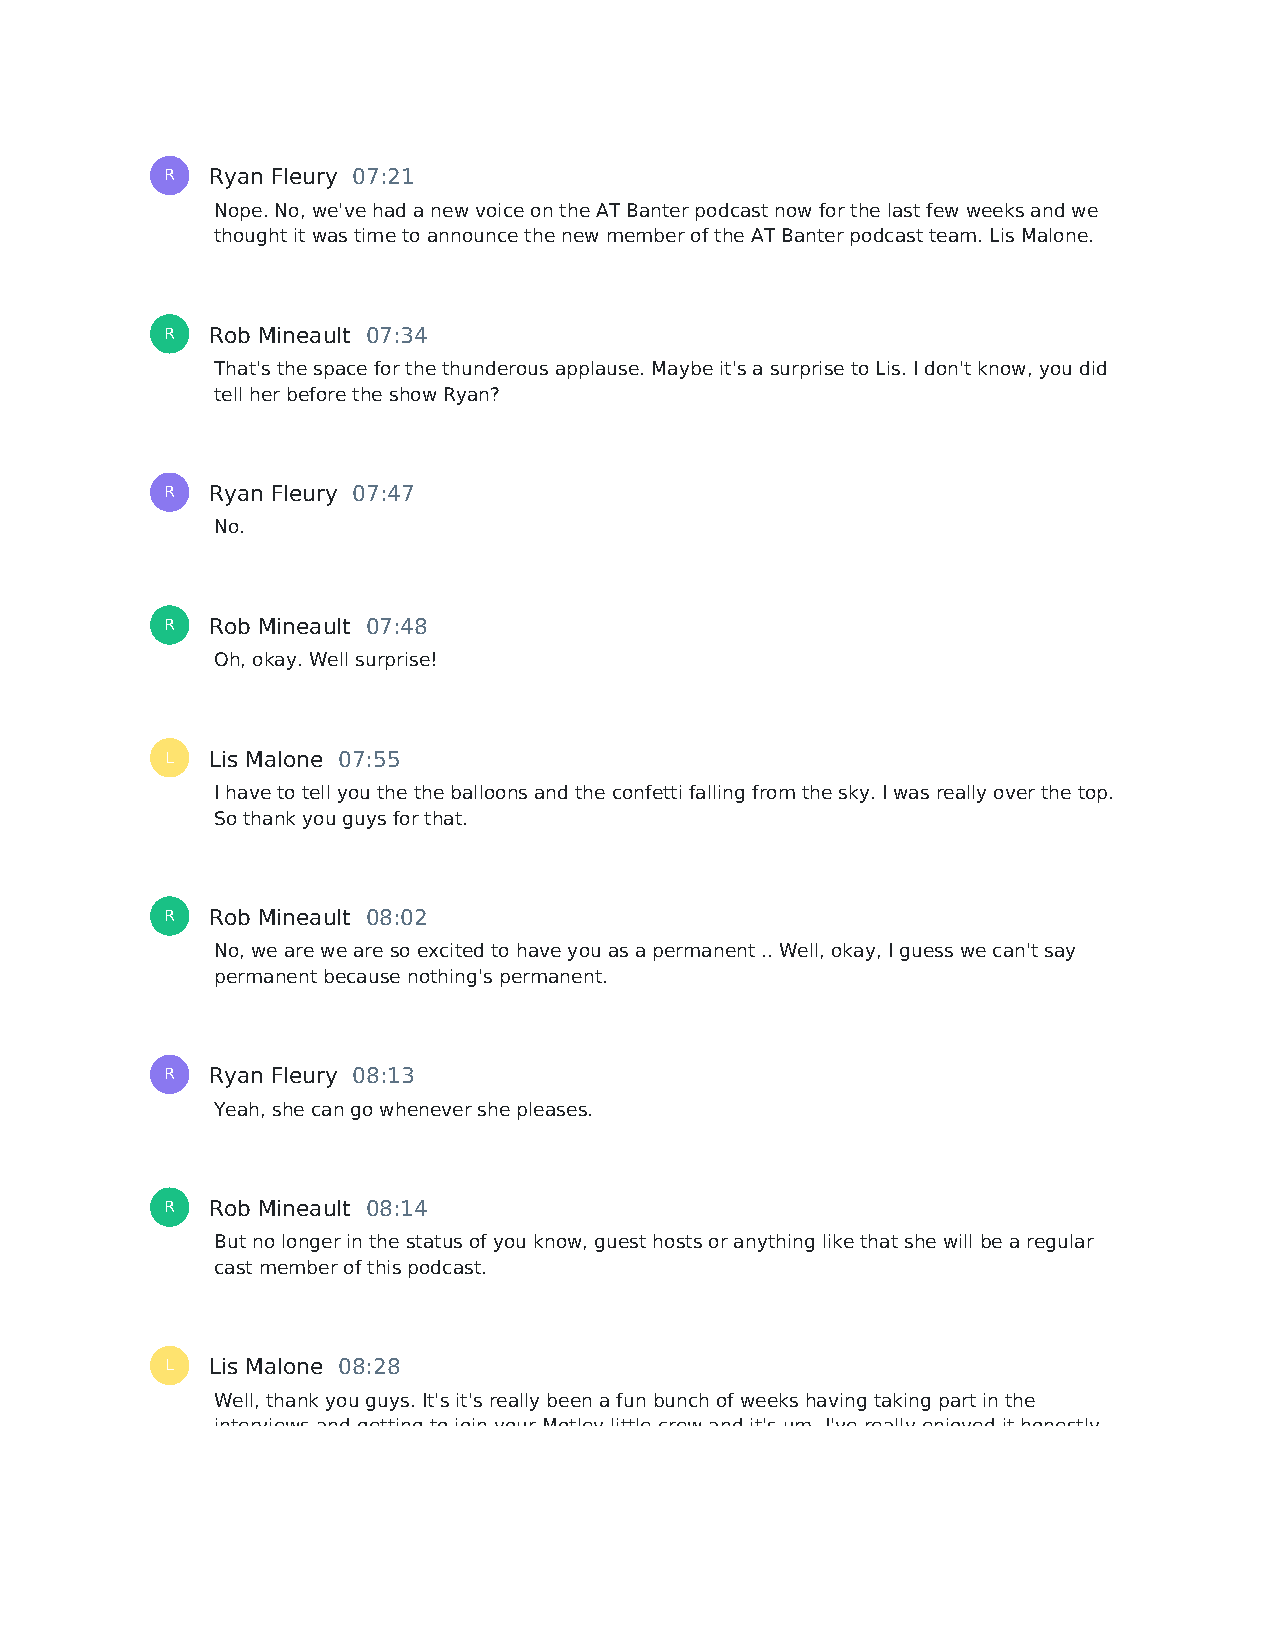
R  Ryan Fleury 07:21
 Nope. No, we've had a new voice on the AT Banter podcast now for the last few weeks and we
 thought it was time to announce the new member of the AT Banter podcast team. Lis Malone.
 R  Rob Mineault 07:34
 That's the space for the thunderous applause. Maybe it's a surprise to Lis. I don't know, you did
 tell her before the show Ryan?
 R  Ryan Fleury 07:47
 No.
 R  Rob Mineault 07:48
 Oh, okay. Well surprise!
 L  Lis Malone 07:55
 I have to tell you the the balloons and the confetti falling from the sky. I was really over the top.
 So thank you guys for that.
 R  Rob Mineault 08:02
 No, we are we are so excited to have you as a permanent .. Well, okay, I guess we can't say
 permanent because nothing's permanent.
 R  Ryan Fleury 08:13
 Yeah, she can go whenever she pleases.
 R  Rob Mineault 08:14
 But no longer in the status of you know, guest hosts or anything like that she will be a regular
 cast member of this podcast.
 L  Lis Malone 08:28
 Well, thank you guys. It's it's really been a fun bunch of weeks having taking part in the
 interviews and getting to join your Motley little crew and it's um, I've really enjoyed it honestly,